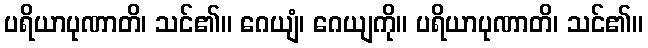
ပရိယာပုဏာတိ၊ သင်၏။ ဂေယျံ၊ ဂေယျကို။ ပရိယာပုဏာတိ၊ သင်၏။